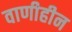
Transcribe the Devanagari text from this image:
वाणीहीन